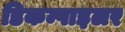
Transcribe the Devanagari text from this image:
डिकम्पाइलर